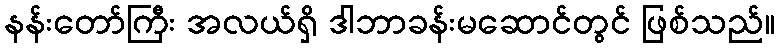
နန်းတော်ကြီး အလယ်ရှိ ဒါဘာခန်းမဆောင်တွင် ဖြစ်သည်။